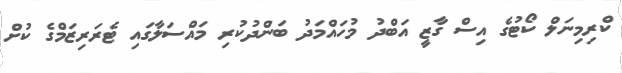
ކްރިމިނަލް ކޯޓުގެ އިސް ގާޒީ އަބްދު މުހައްމަދު ބަންދުކުރި މައްސަލާގައި ޓެރަރިޒަމްގެ ކުށް